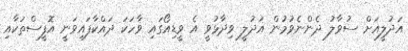
އަދުލީއަށް ސުވާލު ދެންނެވުމުން އަދުލީ ވިދާޅުވީ އެ ވީޑިއޯގައި ވާހަކަ ދައްކާފައިވަނީ އޮފީސްތަކާއި